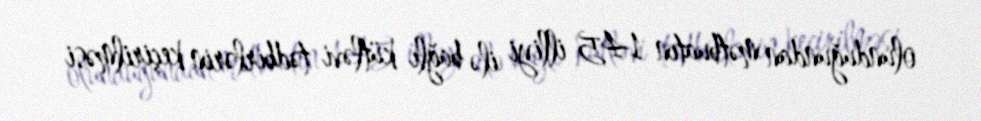
olunduğundan mətbuatın 145 illiyi ilə bağlı kütləvi tədbirlərin keçirilməsi